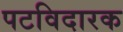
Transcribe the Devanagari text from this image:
पटविदारक